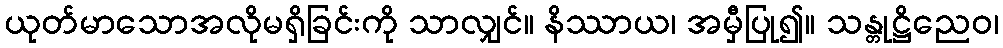
ယုတ်မာသောအလိုမရှိခြင်းကို သာလျှင်။ နိဿာယ၊ အမှီပြု၍။ သန္တုဋ္ဌိညေဝ၊